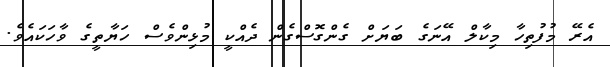
އެރޭ މުފުތިހާ މިކާލް އޭނަގެ ބަޔަށް ގެންގޮސްގެން ދެއްކީ މުޅިންވެސް ހަޔާތީގެ ވާހަކައެވެ.